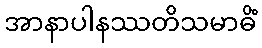
အာနာပါနဿတိသမာဓိံ